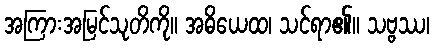
အကြားအမြင်သုတိကို။ အဓိယေထ၊ သင်ရာ၏။ သဗ္ဗဿ၊